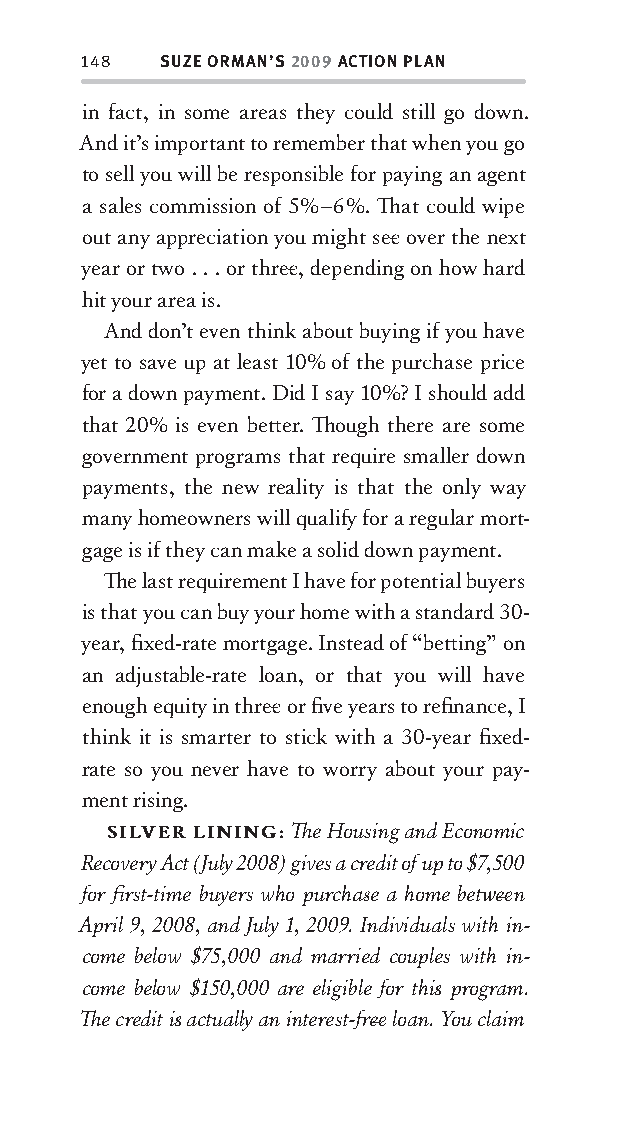
148  SUZE ORMAN’S 2009 ACTION PLAN
 in fact, in some areas they could still go down.
 And it’s important to remember that when you go
 to sell you will be responsible for paying an agent
 a sales commission of 5%–6%. Th at could wipe
 out any appreciation you might see over the next
 year or tw o . . . or three , depending on how hard
 hit your area is.
 And don’t even think about buying if you have
 yet to save up at least 10% of the purchase price
 for a down payment. Did I say 10%? I should add
 that 20% is even bett er. Th ough there are some
 government programs that require smaller down
 payments, the new reality is that the only way
 many homeowners will qualify for a regular mort-
 gage is if they can make a solid down payment.
 Th e last requirement I have for potential buyers
 is that you can buy your home with a standard 30-
 year, fi xed-rate mortgage. Instead of “bett ing” on
 an adjustable-rate loan, or that you will have
 enough equity in three or fi ve years to refi nance, I
 think it is smarter to stick with a 30-year fi xed-
 rate so you never have to worry about your pay-
 ment rising.
 SILVER LINING: Th e Housing and Economic
 Recovery Act (July 2008) gives a credit of up to $7,500
 for fi rst-time buyers who purchas e a home betw ee n
 April 9, 2008, and July 1, 2009. Individuals with in-
 come below $75,000 and married couples with in-
 come below $150,000 are eligible for this program.
 Th e credit is actually an interest-fr ee loan. You claim
 OOrrmmaa__99778800338855553300993344__44pp__aallll__rr11..iinndddd 114488 1122//33//0088 99::3311::2299 AAMM